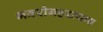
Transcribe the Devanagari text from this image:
भवरोगहरत्याच्च